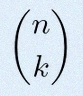
\binom{n}{k}